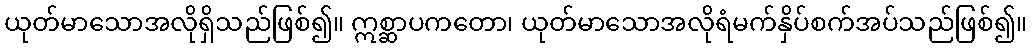
ယုတ်မာသောအလိုရှိသည်ဖြစ်၍။ ဣစ္ဆာပကတော၊ ယုတ်မာသောအလိုရံမက်နှိပ်စက်အပ်သည်ဖြစ်၍။